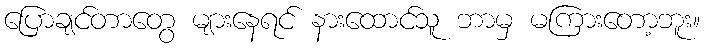
ပြောချင်တာတွေ များနေရင် နားထောင်သူ ဘာမှ မကြားတော့ဘူး။